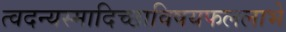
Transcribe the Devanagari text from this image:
त्वदन्यस्मादिच्छाविषयफललाभे